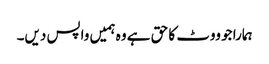
ہمارا جو ووٹ کا حق ہے وہ ہمیں واپس دیں۔